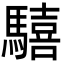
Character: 𩦇